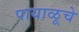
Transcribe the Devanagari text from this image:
पायाळूचे